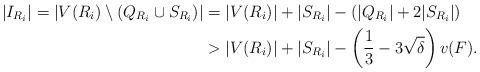
LaTeX: \begin{align*}|I_{R_i}|=|V(R_i)\setminus (Q_{R_i}\cup S_{R_i})|&=|V(R_i)|+|S_{R_i}|-(|Q_{R_i}|+2|S_{R_i}|)\\&>|V(R_i)|+|S_{R_i}|-\left(\frac{1}{3}- 3\sqrt \delta \right)v(F).\end{align*}